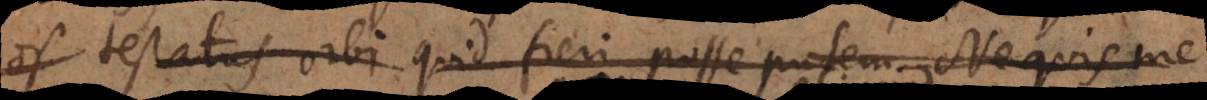
os testatus vibi quid feri posse putem. Ne quis me